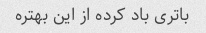
باتری باد کرده از این بهتره